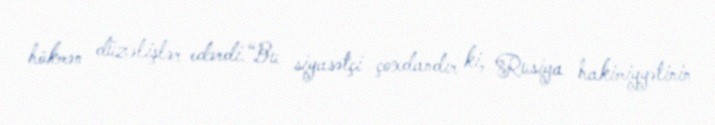
hökmən düzəlişlər edərdi.“Bu siyasətçi çoxdandır ki, Rusiya hakimiyyətinin